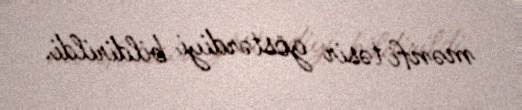
mənfi təsir göstərdiyi bildirildi.